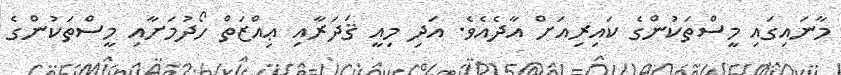
މާނައިގައި މީސްތަކުންގެ ކައިރިއަށް އާދެެއެވެ. އަދި މިއީ ޤަދަރާއި ޢިއްޒަތް ހޯދުމަށާއި މީސްތަކުންގެ